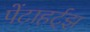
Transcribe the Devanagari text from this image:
पेंटाहर्ट्‌झ